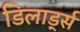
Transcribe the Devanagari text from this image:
डिलार्ड्स